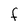
Character: F